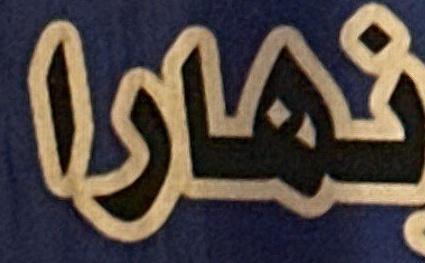
نهارا